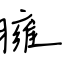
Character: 臃